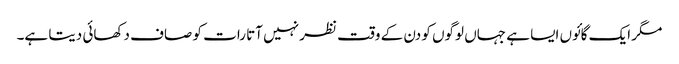
مگر ایک گائوں ایسا ہے جہاں لوگوں کو دن کے وقت نظر نہیں آتا رات کو صاف دکھائی دیتا ہے۔